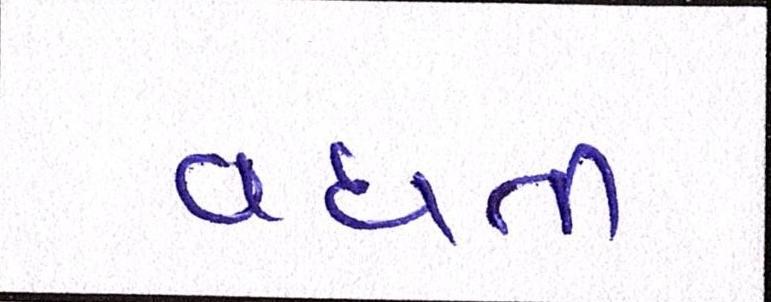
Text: વધતી